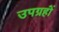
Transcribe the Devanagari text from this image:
उपग्रहोंं